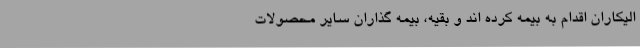
الیکاران اقدام به بیمه کرده اند و بقیه، بیمه گذاران سایر محصولات